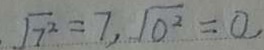
\sqrt { 7 ^ { 2 } } = 7 , \sqrt { 0 ^ { 2 } } = 0 ,